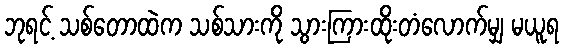
ဘုရင့် သစ်တောထဲက သစ်သားကို သွားကြားထိုးတံလောက်မျှ မယူရ